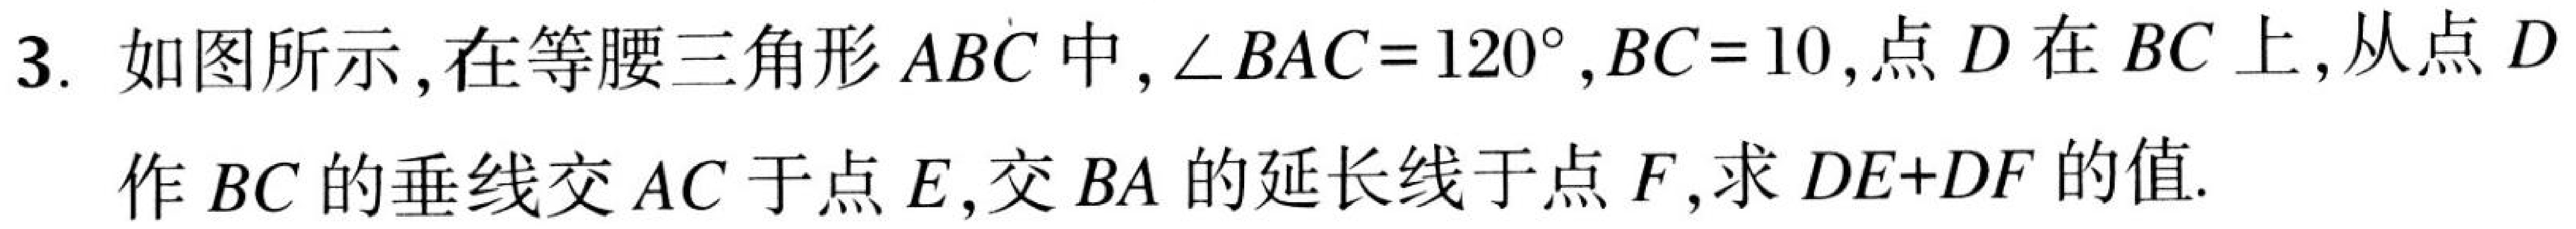
3. 如图所示,在等腰三角形\(ABC\)中,\(\angle BAC = 120^{\circ},BC = 10\),点\(D\)在\(BC\)上,从点\(D\)
作\(BC\)的垂线交\(AC\)于点\(E\),交\(BA\)的延长线于点\(F\),求\(DE + DF\)的值.